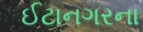
ઈટાનગરના